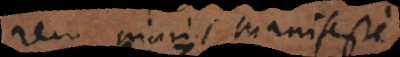
rem nimis manifeste